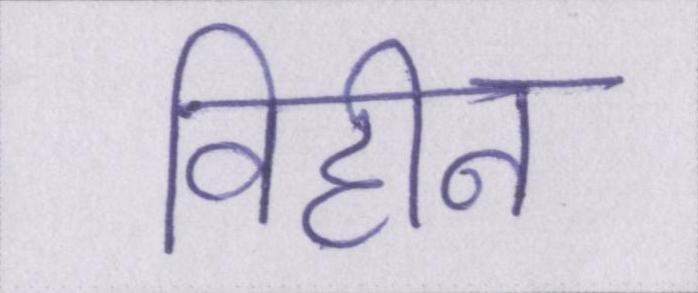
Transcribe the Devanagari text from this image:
विहीन